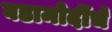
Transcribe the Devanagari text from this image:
घडामोदींचे